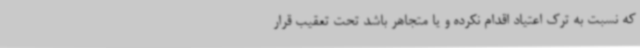
که نسبت به ترک اعتیاد اقدام نکرده و یا متجاهر باشد تحت تعقیب قرار